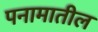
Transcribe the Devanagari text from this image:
पनामातील